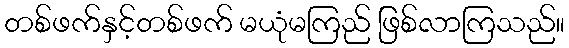
တစ်ဖက်နှင့်တစ်ဖက် မယုံမကြည် ဖြစ်လာကြသည်။